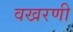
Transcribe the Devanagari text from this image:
वखरणी